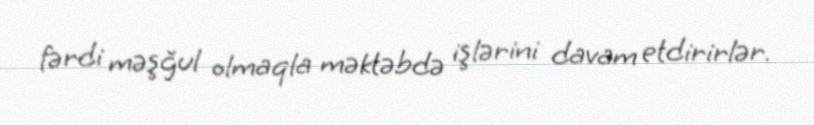
fərdi məşğul olmaqla məktəbdə işlərini davam etdirirlər.